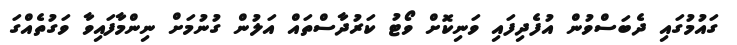
ގައުމުގައި ދެބަސްވުން އުފެދިފައި ވަނިކޮށް ވޯޓު ކަރުދާސްތައް އަލުން ގުނުމަށް ނިންމާފައިވާ ވަގުތެއްގަ